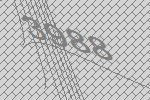
3988